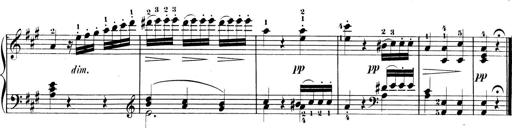
Title: 3 Sonatinen, Op.8
Composer: Isidor Wilhelm Seiss